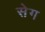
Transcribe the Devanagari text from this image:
सेग